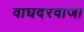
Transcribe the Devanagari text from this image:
वाघदरवाजा